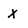
Character: X